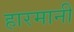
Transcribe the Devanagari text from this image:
हारमानी